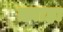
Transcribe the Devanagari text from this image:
ख़्वाहा